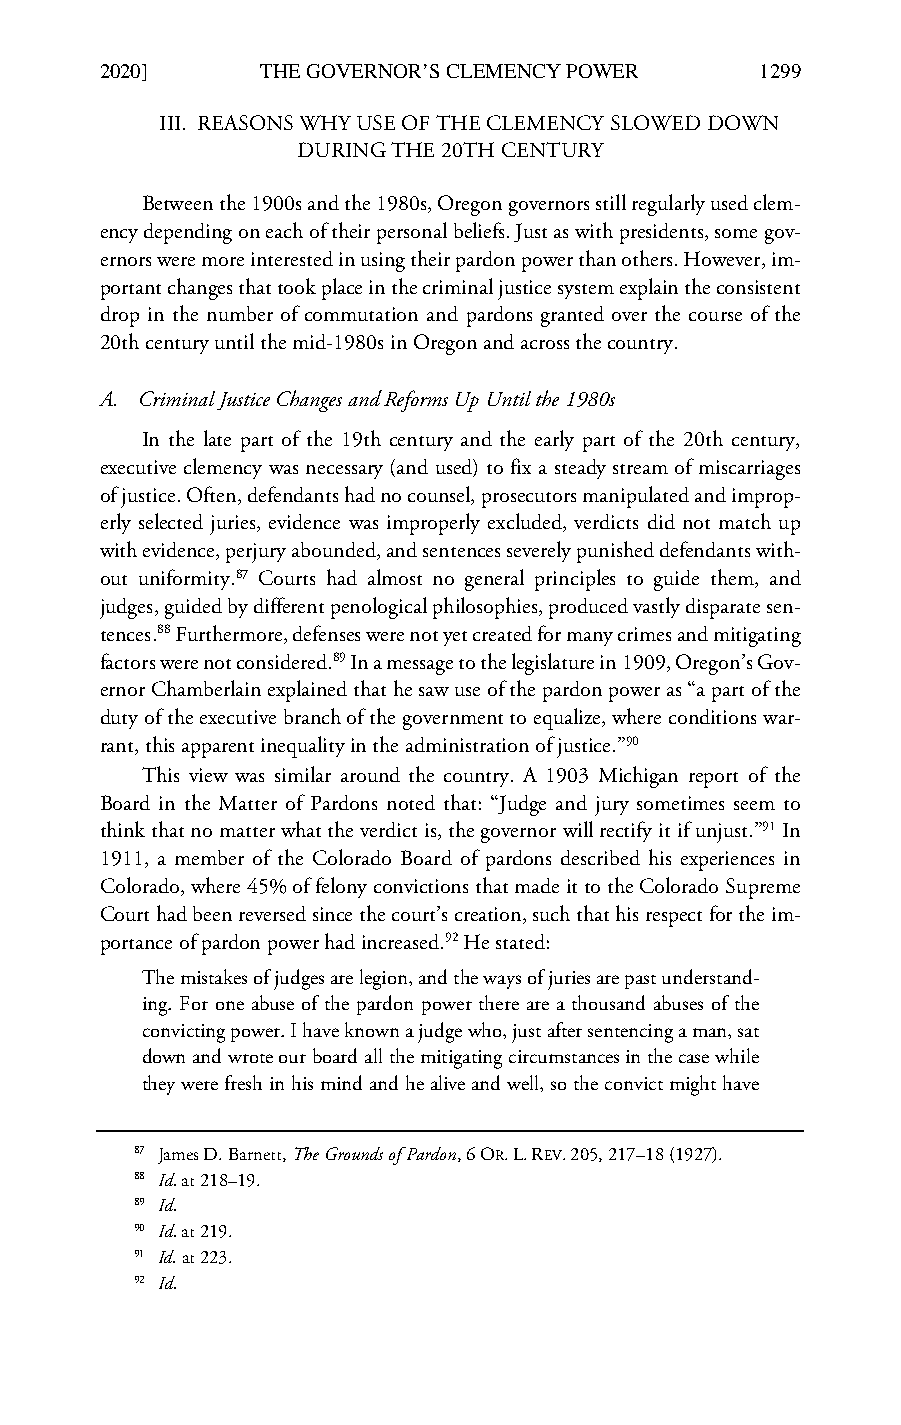
LCB_23_4_Art_4_Kaplan & Mayhew_Correction (Do Not Delete) 2/7/2020 2:20 PM
 2020]      THE GOVERNOR’S CLEMENCY POWER    1299
 III. REASONS WHY USE OF THE CLEMENCY SLOWED DOWN
 DURING THE 20TH CENTURY
 Between the 1900s and the 1980s, Oregon governors still regularly used clem-
 ency depending on each of their personal beliefs. Just as with presidents, some gov-
 ernors were more interested in using their pardon power than others. However, im-
 portant changes that took place in the criminal justice system explain the consistent
 drop in the number of commutation and pardons granted over the course of the
 20th century until the mid-1980s in Oregon and across the country.
 A. Criminal Justice Changes and Reforms Up Until the 1980s
 In the late part of the 19th century and the early part of the 20th century,
 executive clemency was necessary (and used) to fix a steady stream of miscarriages
 of justice. Often, defendants had no counsel, prosecutors manipulated and improp-
 erly selected juries, evidence was improperly excluded, verdicts did not match up
 with evidence, perjury abounded, and sentences severely punished defendants with-
 out uniformity.87 Courts had almost no general principles to guide them, and
 judges, guided by different penological philosophies, produced vastly disparate sen-
 tences.88 Furthermore, defenses were not yet created for many crimes and mitigating
 factors were not considered.89 In a message to the legislature in 1909, Oregon’s Gov-
 ernor Chamberlain explained that he saw use of the pardon power as “a part of the
 duty of the executive branch of the government to equalize, where conditions war-
 rant, this apparent inequality in the administration of justice.”90
 This view was similar around the country. A 1903 Michigan report of the
 Board in the Matter of Pardons noted that: “Judge and jury sometimes seem to
 think that no matter what the verdict is, the governor will rectify it if unjust.”91 In
 1911, a member of the Colorado Board of pardons described his experiences in
 Colorado, where 45% of felony convictions that made it to the Colorado Supreme
 Court had been reversed since the court’s creation, such that his respect for the im-
 portance of pardon power had increased.92 He stated:
 The mistakes of judges are legion, and the ways of juries are past understand-
 ing. For one abuse of the pardon power there are a thousand abuses of the
 convicting power. I have known a judge who, just after sentencing a man, sat
 down and wrote our board all the mitigating circumstances in the case while
 they were fresh in his mind and he alive and well, so the convict might have
 87 James D. Barnett, The Grounds of Pardon, 6 OR. L. REV. 205, 217–18 (1927).
 88 Id. at 218–19.
 89 Id.
 90 Id. at 219.
 91 Id. at 223.
 92 Id.